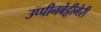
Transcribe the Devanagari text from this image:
उप्पीनबेट्टीगेरी